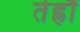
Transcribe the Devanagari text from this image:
तेह्रौं